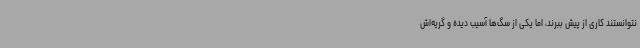
نتوانستند کاری از پیش ببرند، اما یکی از سگ‌ها آسیب دیده و گریه‌اش